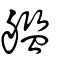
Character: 艦